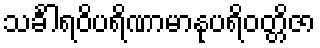
သင်္ခါရဝိပရိဏာမာနုပရိဝတ္တိဇာ